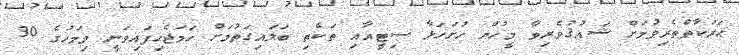
ޙަރަކާތްތެރިވުމަށް ޝައުޤުވެރިވާ މީހުން ހުށަހަޅާ ސިޓީއާއި ތަކެތި ބަލައިގަތުމަށް ހަމަޖެހިފައިވަނީ މިމަހުގެ 30